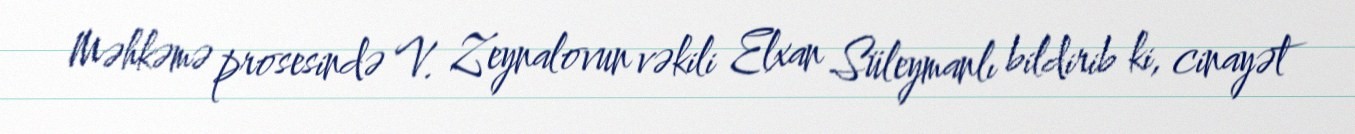
Məhkəmə prosesində V. Zeynalovun vəkili Elxan Süleymanlı bildirib ki, cinayət